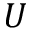
U